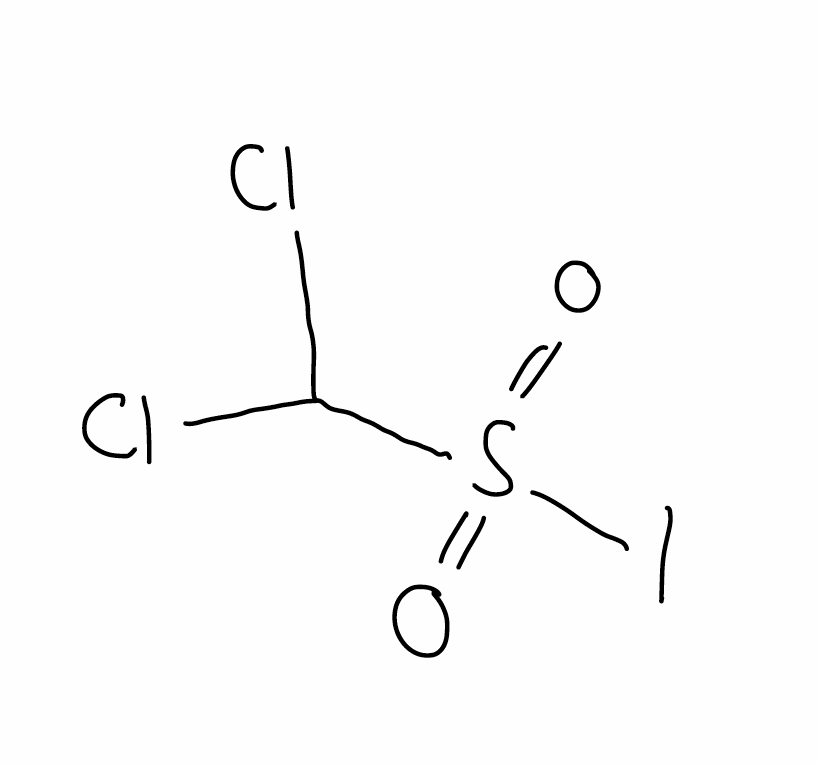
Simplified molecular-input line-entry system (SMILES) notation of the given molecule:
C(S(=O)(=O)I)(Cl)Cl